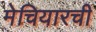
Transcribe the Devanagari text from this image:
मेचियारची